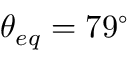
\theta _ { e q } = 7 9 ^ { \circ }